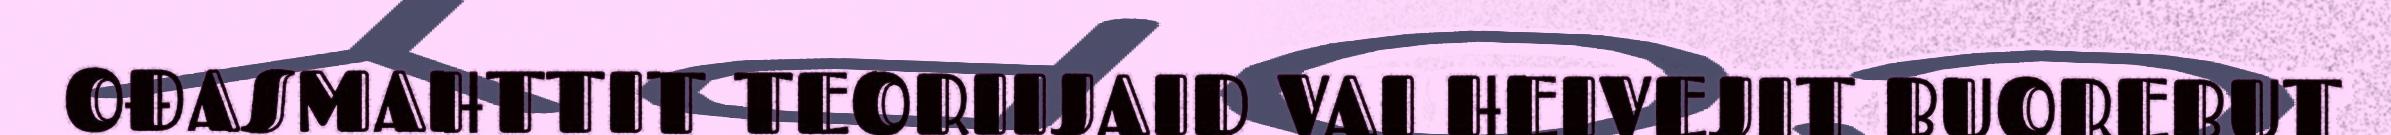
OĐASMAHTTIT TEORIIJAID VAI HEIVEJIT BUOREBUT